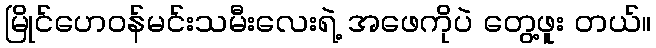
မြိုင်ဟေဝန်မင်းသမီးလေးရဲ့ အဖေကိုပဲ တွေ့ဖူး တယ်။